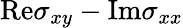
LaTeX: \mathrm{Re}\sigma_{xy}-\mathrm{Im}\sigma_{xx}